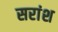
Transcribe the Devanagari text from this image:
सरांश